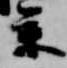
参